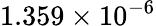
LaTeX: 1.359\times 10^{-6}